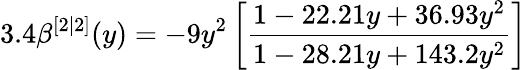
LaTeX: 3.4\beta^{[2|2]}(y)=-9y^{2}\left[\frac{1-22.21y+36.93y^{2}}{1-28.21y+143.2y^{2}}\right]